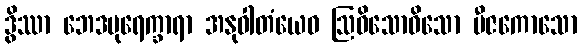
ဒွိဿာ ဘေဒပုရေက္ခာရာ အနုဝါတံယေဝ ဩဓိသောဓိသော ဗီဇကောသော